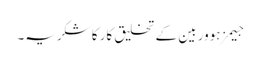
جیمز ہوور بین کے تخلیق کار کا شکریہ۔